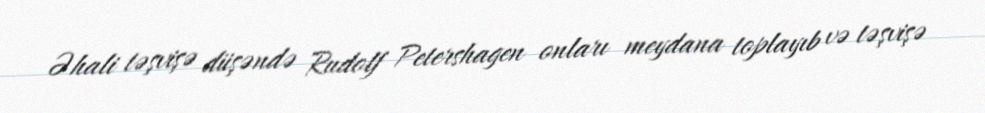
Əhali təşvişə düşəndə Rudolf Petershagen onları meydana toplayıb və təşvişə